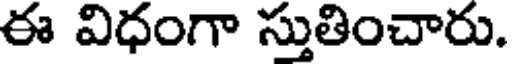
ఈ విధంగా స్తుతించారు.